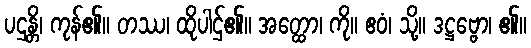
ပဌန္တိ၊ ကုန်၏။ တဿ၊ ထိုပါဌ်၏။ အတ္ထော၊ ကို။ ဧဝံ၊ သို့။ ဒဋ္ဌဗ္ဗော၊ ၏။